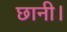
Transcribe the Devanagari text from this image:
छानी।